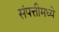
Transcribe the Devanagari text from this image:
संपत्तीमध्ये